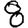
Digit: 8